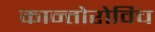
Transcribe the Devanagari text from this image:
कान्तोरोविच